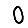
Digit: 0